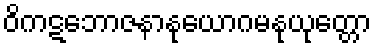
ဝိကဋဘောဇနာနုယောဂမနုယုတ္တော